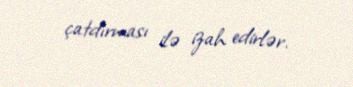
çatdırması ilə izah edirlər.